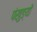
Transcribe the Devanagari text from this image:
पंखुङ्यों